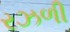
રઝળી